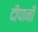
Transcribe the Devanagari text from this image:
दीपानी